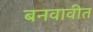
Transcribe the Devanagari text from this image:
बनवावीत